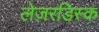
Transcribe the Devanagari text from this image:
लेज़रडिस्क